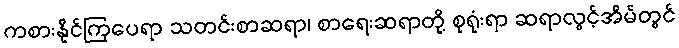
ကစားနိုင်ကြပေရာ သတင်းစာဆရာ၊ စာရေးဆရာတို့ စုရုံးရာ ဆရာလွင့်အိမ်တွင်